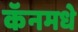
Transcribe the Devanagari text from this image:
कॅनमधे